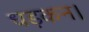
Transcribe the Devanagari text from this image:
धड़कन।